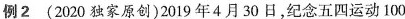
例2(2020独家原创)2019年4月30日，纪念五四运动100